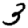
Digit: 3